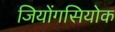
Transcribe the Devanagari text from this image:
जियोंगसियोक